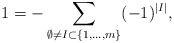
LaTeX: \begin{align*}1 = -\sum_{\emptyset \neq I \subset \{1,\dots,m\}}(-1)^{|I|},\end{align*}